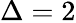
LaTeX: \Delta=2